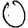
Digit: 0